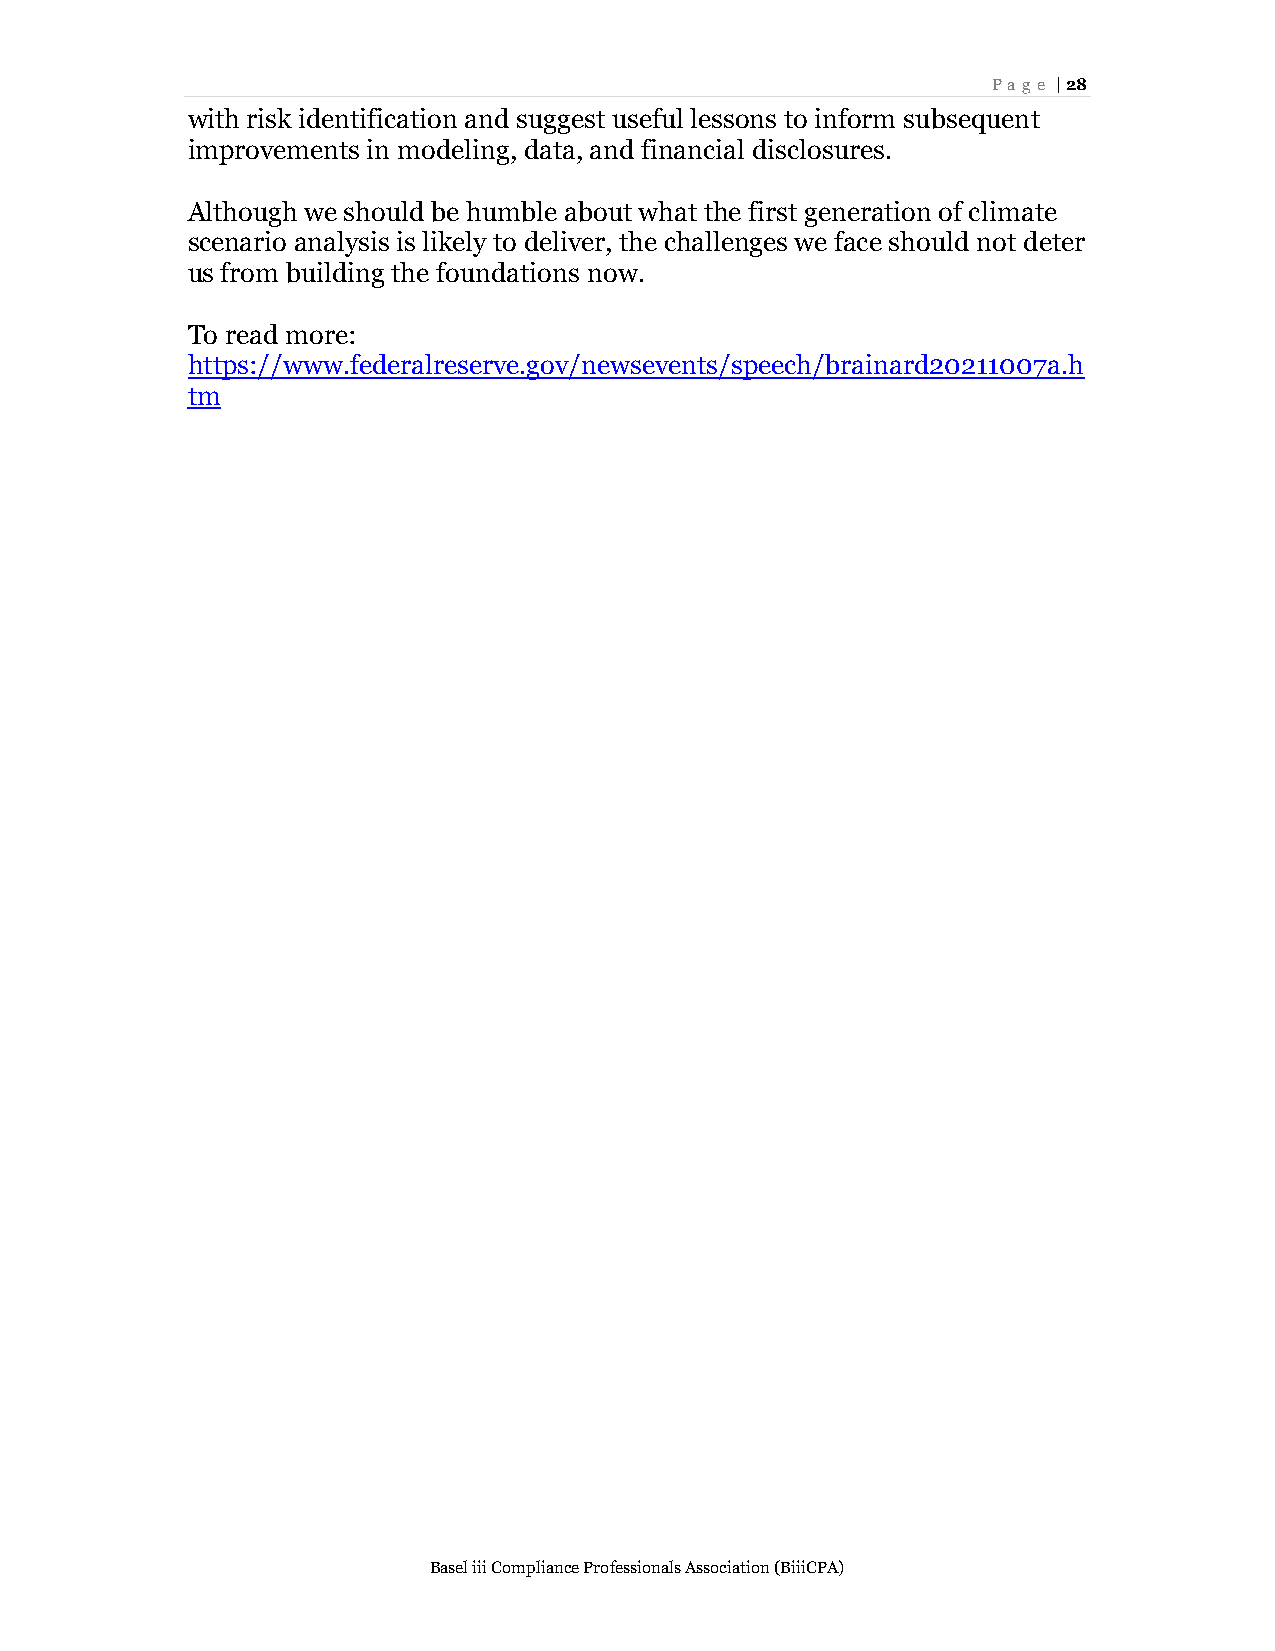
Page | 28
 with risk identification and suggest useful lessons to inform subsequent
 improvements in modeling, data, and financial disclosures.
 Although we should be humble about what the first generation of climate
 scenario analysis is likely to deliver, the challenges we face should not deter
 us from building the foundations now.
 To read more:
 https://www.federalreserve.gov/newsevents/speech/brainard20211007a.h
 tm
 Basel iii Compliance Professionals Association (BiiiCPA)